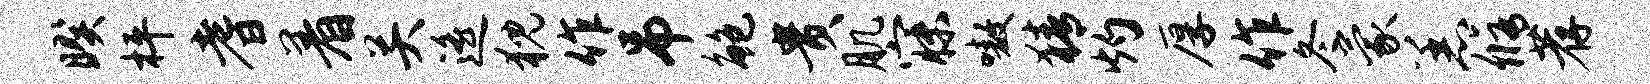
暌枰耆着关遥猊作吊鲍贵肌寐嗷猜灼厚作冬蒙恙修荐